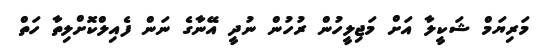
މަރިޔަމް ޝަކީލާ އަށް މަޖިލީހުން ރުހުން ނުދީ އޭނާގެ ނަން ފެއިލްކޮށްލިތާ ހަތް